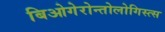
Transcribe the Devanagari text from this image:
बिओगेरोन्तोलोगिस्त्स